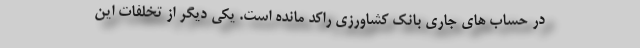
در حساب های جاری بانک کشاورزی راکد مانده است. یکی دیگر از تخلفات این